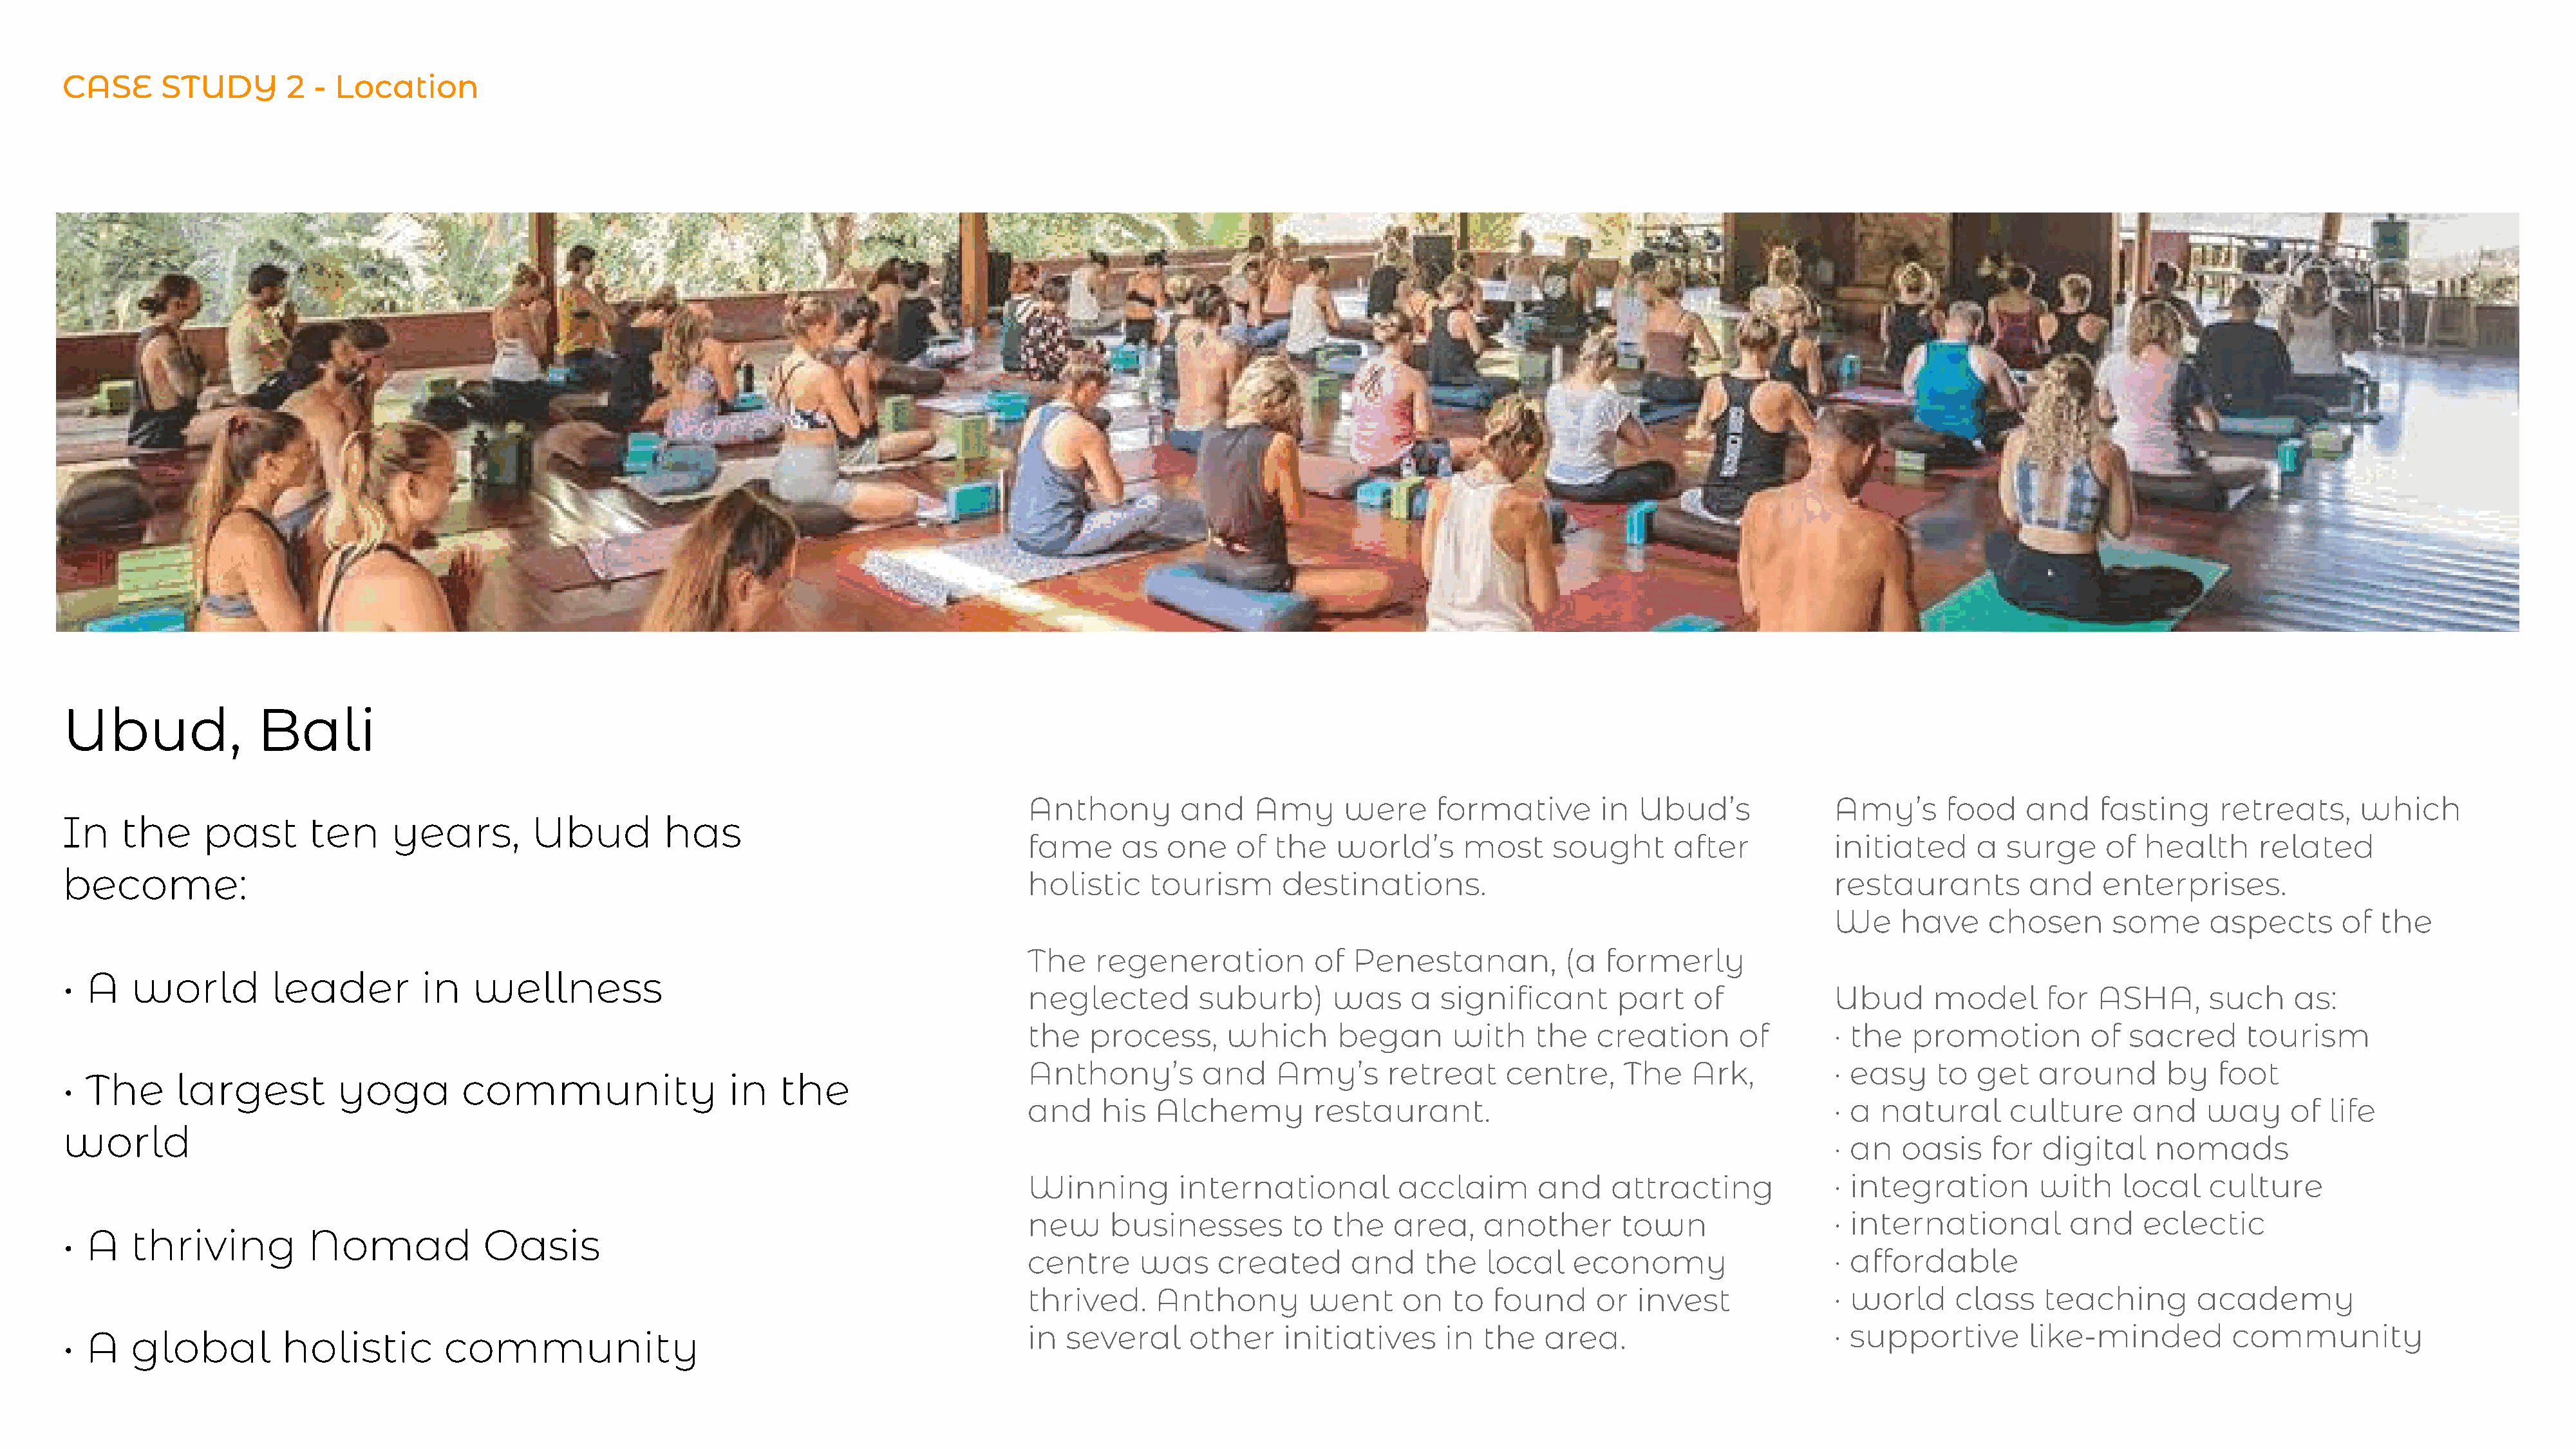
CASE       STUDY       2  - Location
 Ubud,               Bali
 Anthony        and     Amy      were      formative       in  Ubud’s               Amy’s      food    and     fasting     retreats,      which
 In    the      past       ten     years,         Ubud         has
 fame     as   one    of  the   world’s      most      sought      after            initiated     a  surge     of  health      related
 become:                                                                                             holistic    tourism       destinations.                                            restaurants         and    enterprises.
 We    have     chosen       some      aspects       of  the
 The    regeneration          of  Penestanan,           (a  formerly
 •  A   world          leader         in    wellness
 neglected        suburb)       was     a  significant       part    of             Ubud      model      for   ASHA,      such     as:
 the   process,      which      began       with     the   creation       of        · the  promotion          of  sacred      tourism
 Anthony’s         and    Amy’s       retreat     centre,     The    Ark,           · easy    to  get    around       by   foot
 •  The      largest          yoga        community                   in   the
 and    his   Alchemy         restaurant.                                           · a natural       culture     and     way     of  life
 world
 · an  oasis     for  digital    nomads
 Winning        international          acclaim       and     attracting             · integration        with    local    culture
 new     businesses         to  the   area,    another        town                  · international         and    eclectic
 •  A   thriving           Nomad             Oasis
 centre     was     created       and    the    local    economy                    · affordable
 thrived.     Anthony        went      on   to  found      or  invest               · world     class    teaching        academy
 in  several     other     initiatives     in  the    area.                         · supportive       like-minded          community
 •  A   global          holistic         community